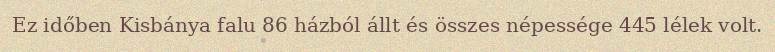
Ez időben Kisbánya falu 86 házból állt és összes népessége 445 lélek volt.